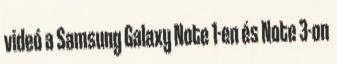
videó a Samsung Galaxy Note 1-en és Note 3-on